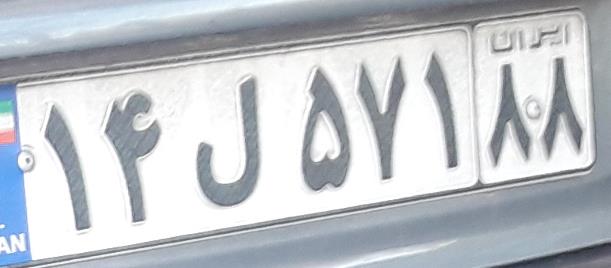
۱۴ل۵۷۱۸۸